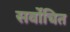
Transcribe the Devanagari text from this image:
सर्वोचित